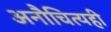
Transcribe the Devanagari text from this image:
अनौचित्यही